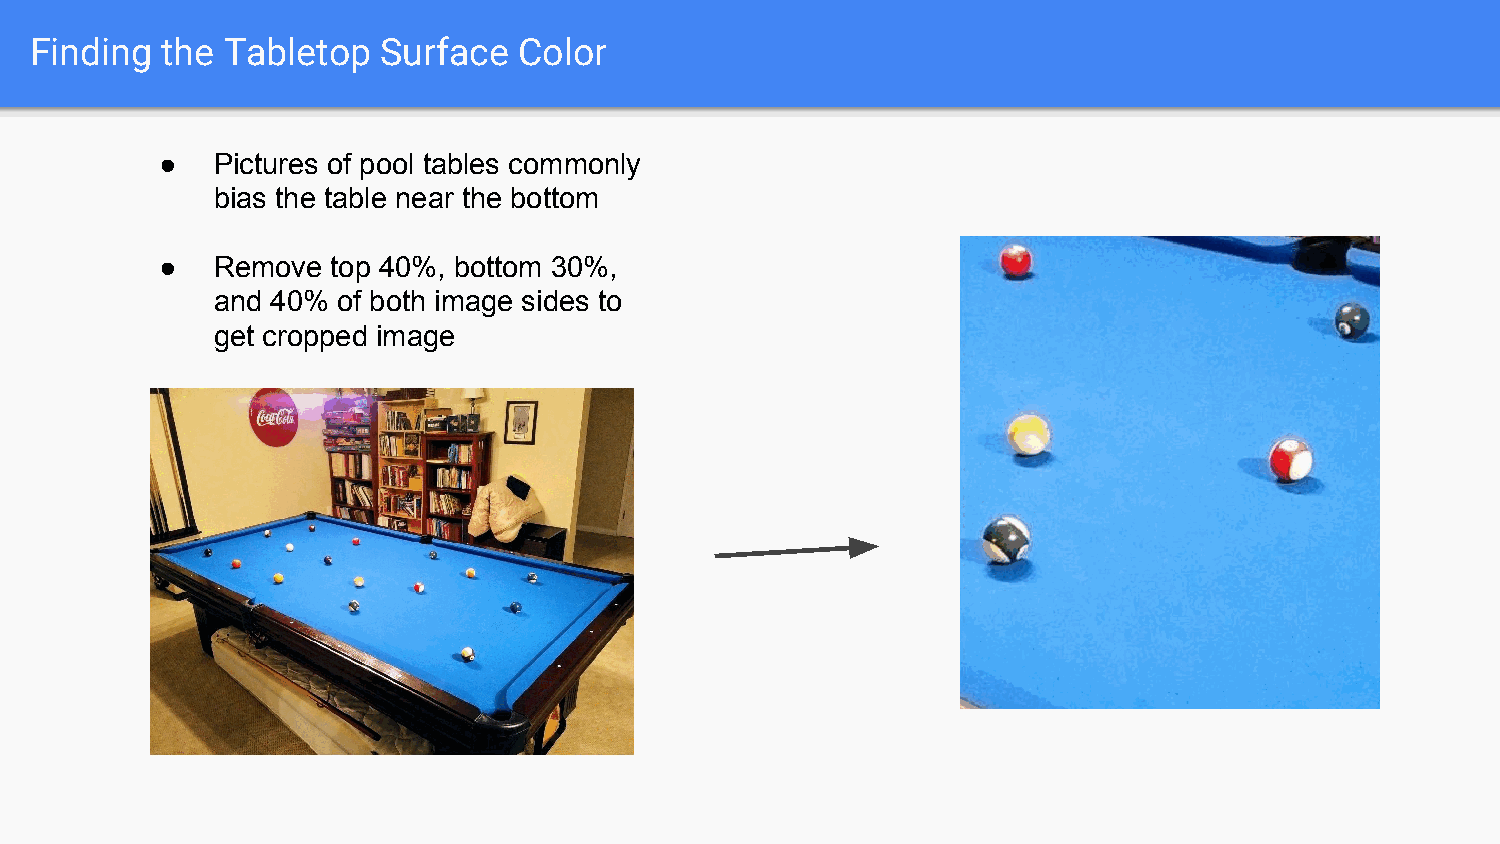
Finding  the Tabletop  Surface  Color
 ●  Pictures of pool tables commonly
 bias the table near the bottom
 ●  Remove  top 40%, bottom 30%,
 and 40% of both image sides to
 get cropped image